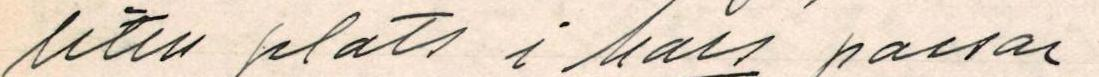
liten plats i Mars passar